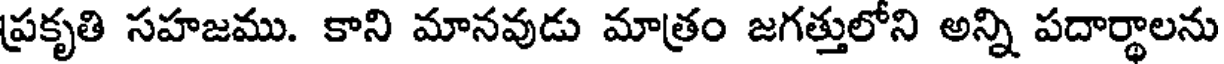
ప్రకృతి సహజము. కాని మానవుడు మాత్రం జగత్తులోని అన్ని పదార్థాలను